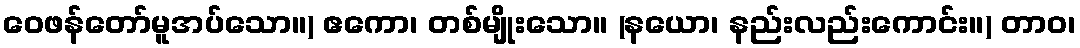
ဝေဖန်တော်မူအပ်သော။) ဧကော၊ တစ်မျိုးသော။ (နယော၊ နည်းလည်းကောင်း။) တာဝ၊